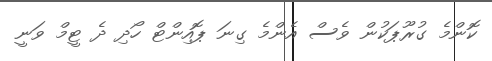
ކޮންމެ ގުރޫޕަކުން ވެސް އެންމެ ގިނަ ޕޮއިންޓް ހޯދި ދެ ޓީމް ވަނީ